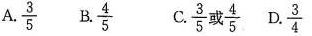
A. \frac{3}{5} B. \frac{4}{5} C. \frac{4}{5} 或 \frac{3}{5} D. \frac{3}{4}